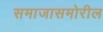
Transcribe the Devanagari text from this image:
समाजासमोरील